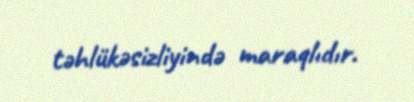
təhlükəsizliyində maraqlıdır.